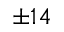
\pm 1 4